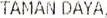
TAMAN DAYA,